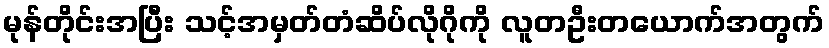
မုန်တိုင်းအပြီး သင့်အမှတ်တံဆိပ်လိုဂိုကို လူတဦးတယောက်အတွက်